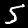
Label: 5